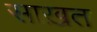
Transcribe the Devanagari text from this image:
साख़त